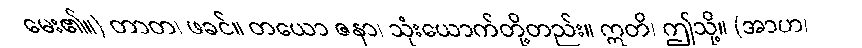
မေး၏။) တာတ၊ ဖခင်။ တယော ဇနာ၊ သုံးယောက်တို့တည်း။ ဣတိ၊ ဤသို့။ (အာဟ၊